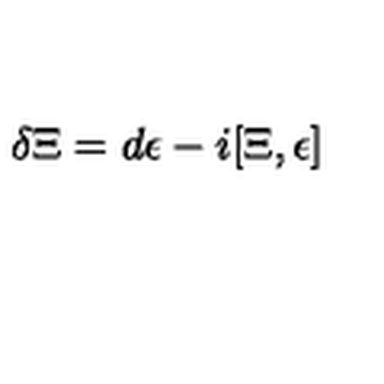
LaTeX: \delta \Xi = d \epsilon - i [ \Xi , \epsilon ]